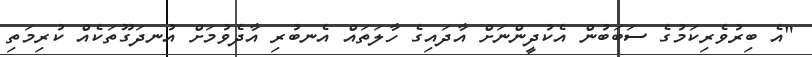
"އެ ބިރުވެރިކަމުގެ ސަބަބުން އެކުދީންނަށް އާދައިގެ ހާލަތައް އެނބުރި އާދެވުމަށް އުނދަގޫތަކެއް ކުރިމަތި